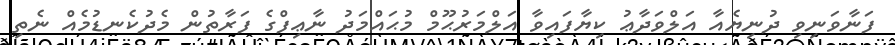
ފަނާވަނިވި ދުނިޔެއާ އަލްވަދާޢު ކިޔާފައިވާ އަލްމަރުޙޫމް މުޙައްމަދު ނާޢިފްގެ ފަރާތުން މެދުކެނޑުމެއް ނެތި